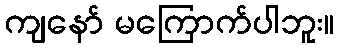
ကျနော် မကြောက်ပါဘူး။